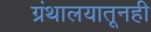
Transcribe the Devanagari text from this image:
ग्रंथालयातूनही